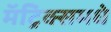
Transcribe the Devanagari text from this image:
मॅट्रिक्समधे